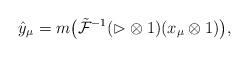
LaTeX: \begin{gather*}\hat{y}_\mu=m\big(\tilde{\mathcal{F}}^{-1}(\rhd\otimes 1) (x_\mu\otimes1)\big),\end{gather*}